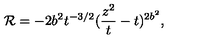
{ \cal R } = - 2 b ^ { 2 } t ^ { - 3 / 2 } ( \frac { z ^ { 2 } } { t } - t ) ^ { 2 b ^ { 2 } } ,